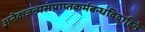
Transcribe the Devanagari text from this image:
अनेकजन्मसंप्राप्तकर्मबन्धविदाहिने